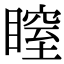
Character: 𥉺